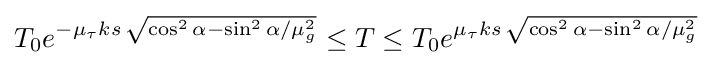
T_{0}e^{-\mu _{\tau }ks\,{\sqrt {\cos ^{2}\alpha -\sin ^{2}\alpha /\mu _{g}^{2}}}}\leq T\leq T_{0}e^{\mu _{\tau }ks\,{\sqrt {\cos ^{2}\alpha -\sin ^{2}\alpha /\mu _{g}^{2}}}}